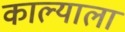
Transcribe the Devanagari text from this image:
काल्याला